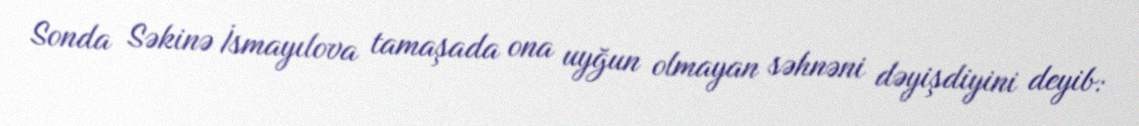
Sonda Səkinə İsmayılova tamaşada ona uyğun olmayan səhnəni dəyişdiyini deyib: